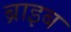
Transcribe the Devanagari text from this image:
ब्राइब